Malaria in the Punjab - Number 46
Disease focus: Malaria
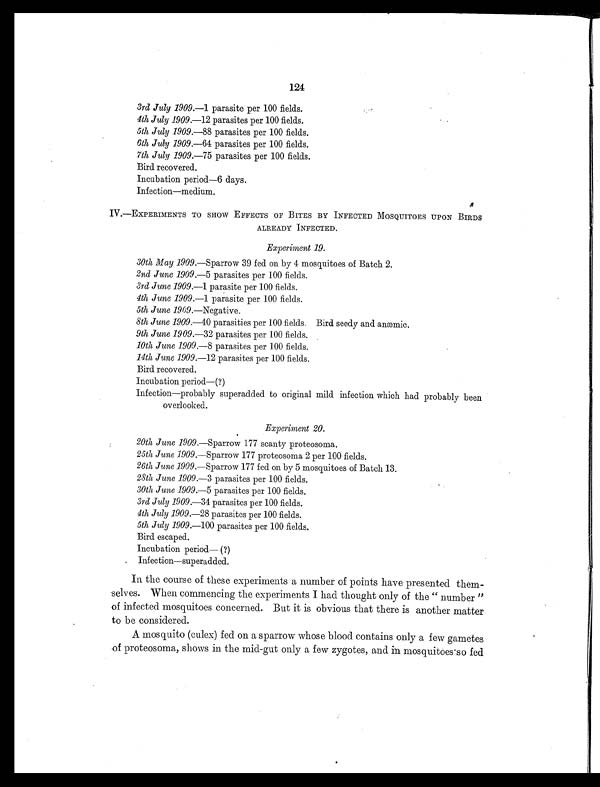
124
3rd July 1909. —1 parasite per 100 fields.
4th July 1909.—12 parasites per 100 fields.
5th July 1909.— 88 parasites per 100 fields.
6th July 1909.—64 parasites per 100 fields.
7th July 1909.— 75 parasites per 100 fields.
Bird recovered.
Incubation period—6 days.
Infection—medium.
IV.—EXPERIMENTS TO SHOW EFFECTS OF BITES BY INFECTED MOSQUITOES UPON BIRDS
ALREADY INFECTED.
Experiment 19.
30th May 1909.—Sparrow 39 fed on by 4 mosquitoes of Batch 2.
2nd June 1909. —5 parasites per 100 fields.
3rd June 1909.— 1 parasite per 100 fields.
4th June 1909.—1 parasite per 100 fields.
5th June 1909. —Negative.
8th June 1909.—40 parasities per 100 fields. Bird seedy and anæmic.
9th June 1909.—32 parasites per 100 fields.
10th June 1909.—8 parasites per 100 fields.
14th June 1909.—12 parasites per 100 fields.
Bird recovered.
Incubation period—(?)
Infection—probably superadded to original mild infection which had probably been
overlooked.
Experiment 20.
20th June 1909.—Sparrow 177 scanty proteosoma.
25th June 1909.—Sparrow 177 proteosoma 2 per 100 fields.
26th June 1909. —Sparrow 177 fed on by 5 mosquitoes of Batch 13.
28th June 1909.— 3 parasites per 100 fields.
30th June 1909.— 5 parasites per 100 fields.
3rd July 1909.— 34 parasites per 100 fields.
4th July 1909.—28 parasites per 100 fields.
5th July 1909.—100 parasites per 100 fields.
Bird escaped.
Incubation period—(?)
Infection—superadded.
In the course of these experiments a number of points have presented them-
selves. When commencing the experiments I had thought only of the " number "
of infected mosquitoes concerned. But it is obvious that there is another matter
to be considered.
A mosquito (culex) fed on a sparrow whose blood contains only a few gametes
of proteosoma, shows in the mid-gut only a few zygotes, and in mosquitoes so fed